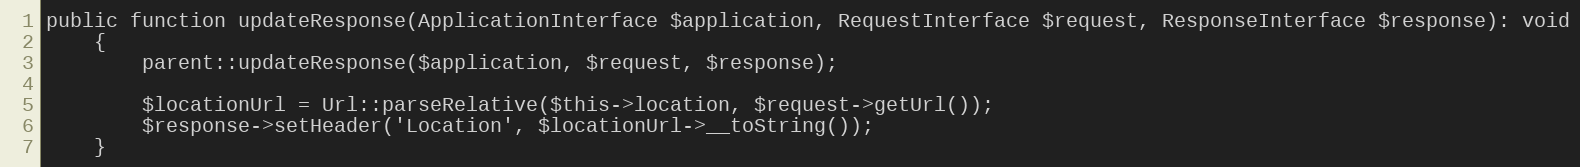
Language: PHP
public function updateResponse(ApplicationInterface $application, RequestInterface $request, ResponseInterface $response): void
    {
        parent::updateResponse($application, $request, $response);

        $locationUrl = Url::parseRelative($this->location, $request->getUrl());
        $response->setHeader('Location', $locationUrl->__toString());
    }